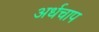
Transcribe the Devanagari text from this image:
अर्धचाप